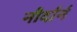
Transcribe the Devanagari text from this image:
नौर्दार्न